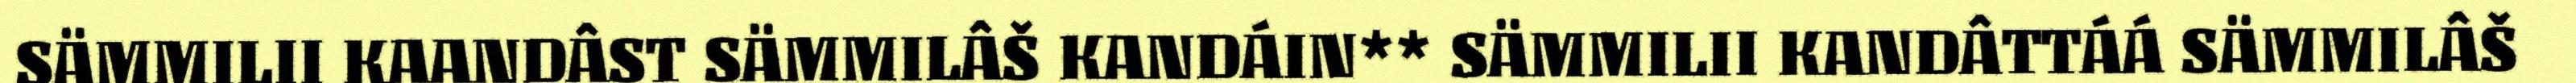
SÄMMILII KAANDÂST SÄMMILÂŠ KANDÁIN** SÄMMILII KANDÂTTÁÁ SÄMMILÂŠ